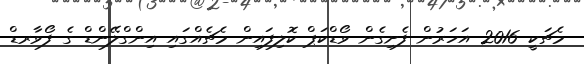
މެޗަކީ 2016 އަހަރުން ފެށިގެން ވޯޑްކަޕް ކޮލިފައިން މެޗެއްގައި އިންގްލޭންޑް ގެ ފޯވާރޑް